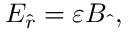
E _ { \hat { r } } = \varepsilon B _ { \hat { ~ } } ,